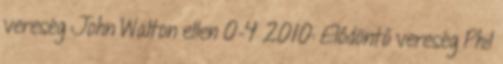
vereség John Walton ellen 0-4 2010: Elődöntő vereség Phil